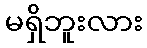
မရှိဘူးလား